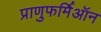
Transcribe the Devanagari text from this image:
प्राणुफर्मिऑन